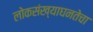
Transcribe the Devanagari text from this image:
लोकसंख्याघनतेचा